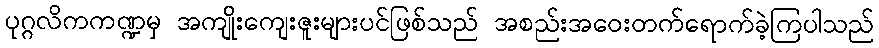
ပုဂ္ဂလိကကဏ္ဍမှ အကျိုးကျေးဇူးများပင်ဖြစ်သည် အစည်းအဝေးတက်ရောက်ခဲ့ကြပါသည်